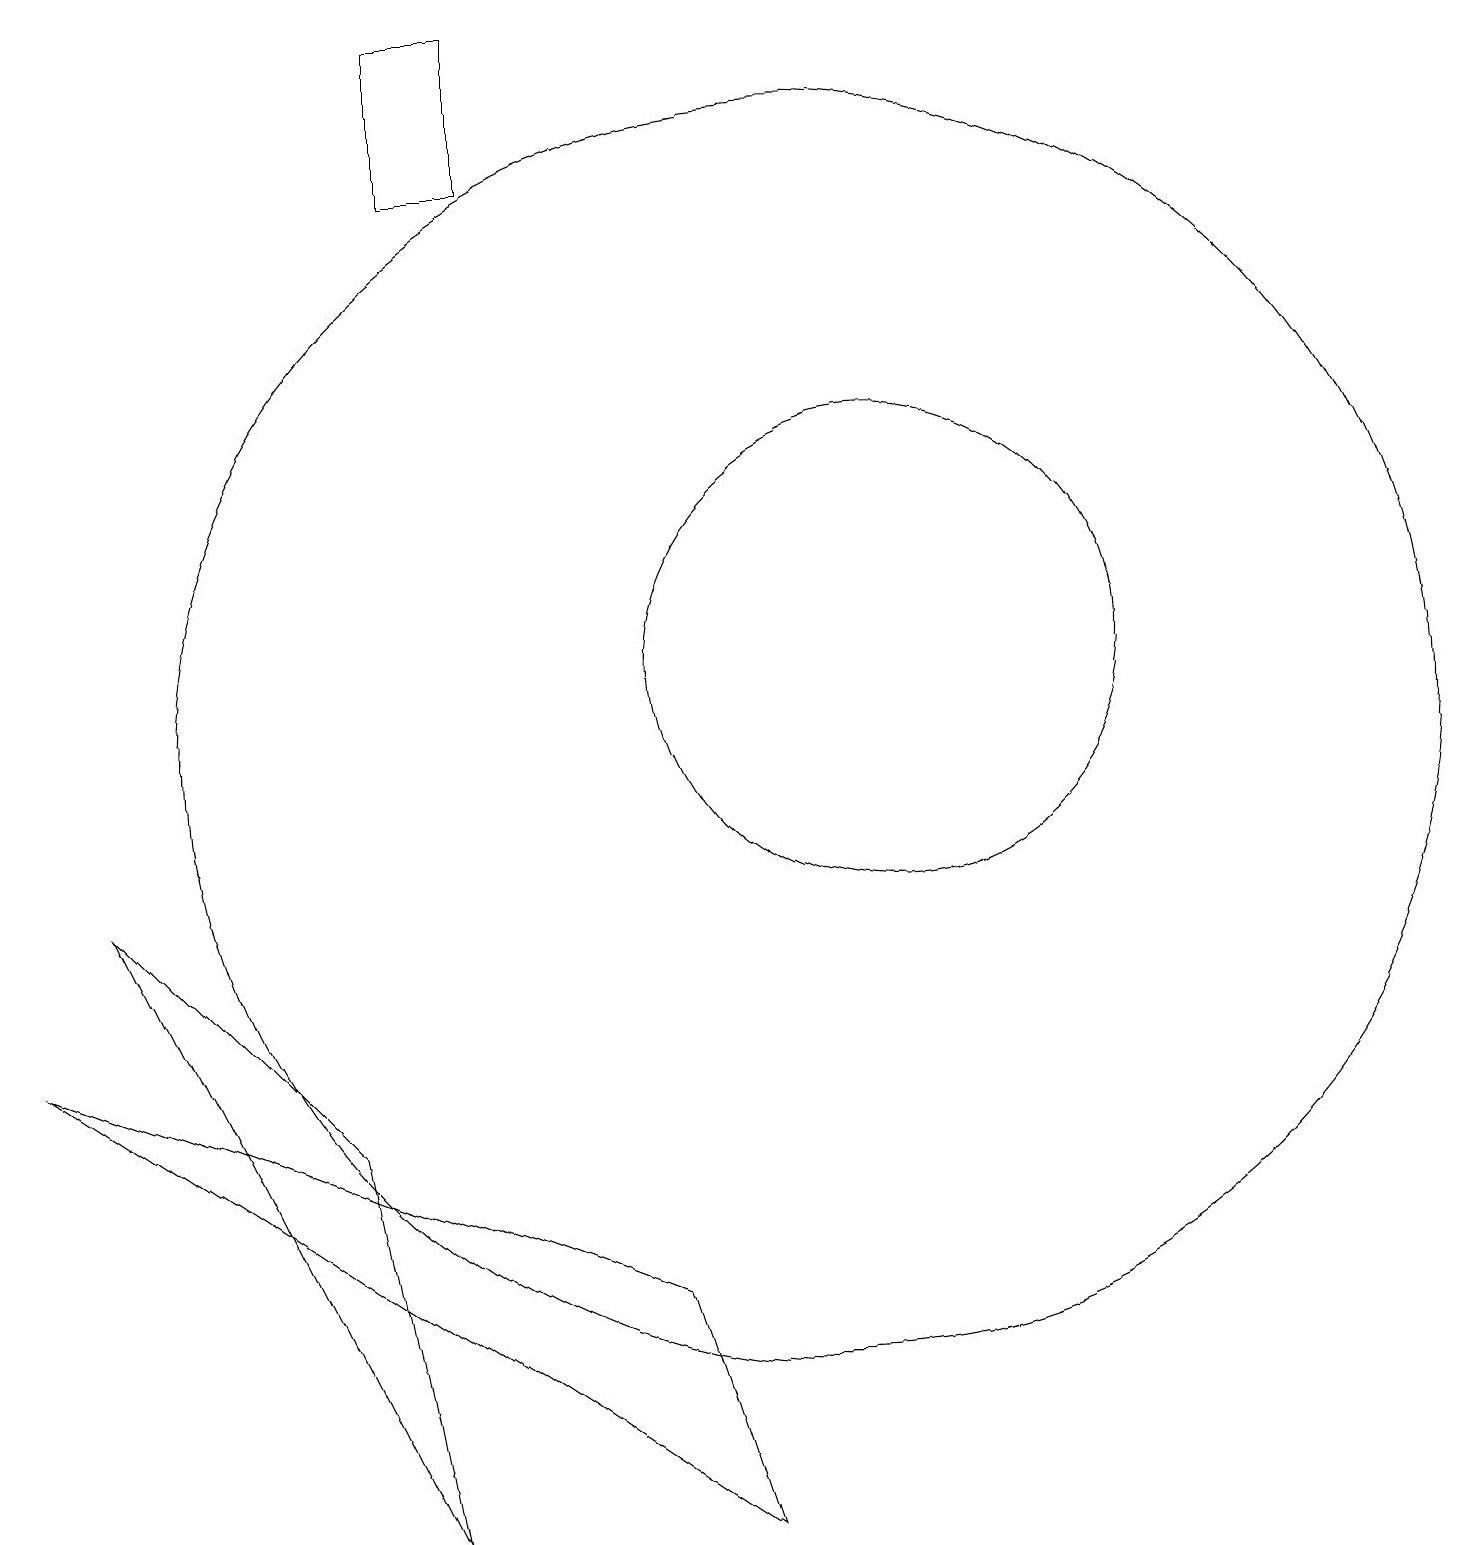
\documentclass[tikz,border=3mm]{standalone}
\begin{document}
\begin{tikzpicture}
\draw (5,19) rectangle (6,17);
\draw (9,0) -- (0,6) -- (8,3) -- cycle;
\draw (11,11) circle (3);
\draw (4,5) -- (1,8) -- (5,0) -- cycle;
\draw (10,10) circle (8);
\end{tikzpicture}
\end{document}